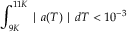
\int _ { 9 K } ^ { 1 1 K } \mid a ( T ) \mid d T < 1 0 ^ { - 3 }